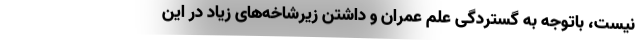
نیست، باتوجه به گستردگی علم عمران و داشتن زیرشاخه‌های زیاد در این